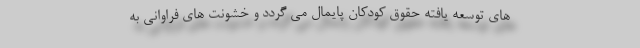
های توسعه یافته حقوق کودکان پایمال می گردد و خشونت های فراوانی به